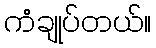
ကံချုပ်တယ်။